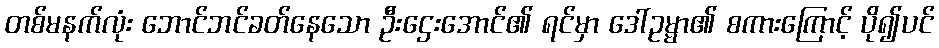
တစ်မနက်လုံး ဘောင်ဘင်ခတ်နေသော ဦးဌေးအောင်၏ ရင်မှာ ဒေါ်ဥမ္မာ၏ စကားကြောင့် ပို၍ပင်